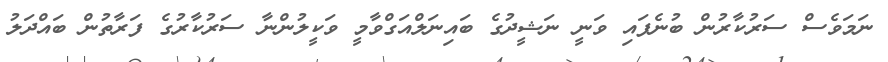
ނަމަވެސް ސަރުކާރުން ބުނެފައި ވަނީ ނަޝީދުގެ ބައިނަލްއަގްވާމީ ވަކީލުންނާ ސަރުކާރުގެ ފަރާތުން ބައްދަލު